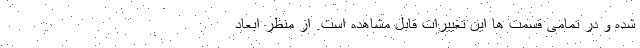
شده و در تمامی قسمت ها این تغییرات قابل مشاهده است. از منظر ابعاد